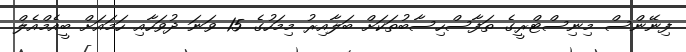
ފިނޭންސް މިނިސްޓްރީގެ ތަފާސްހިސާބުތަކަށް ބަލާއިރު މިމަހުގެ 15 ވަނަ ދުވަހާއި ހަމައަށް ބީއެމްއެލް